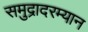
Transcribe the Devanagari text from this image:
समुद्रादरम्यान